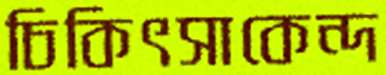
চিকিৎসাকেন্দ